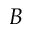
B